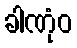
ခါဏုံဝ